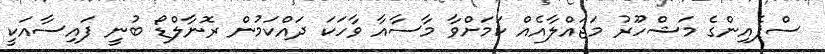
ސްޕެއިންގެ މަޝްހޫރު މަޖައްލާއެއް ކަމަށްވާ މާސާއާ ވާހަކަ ދައްކަމުން ރޮނާލްޑޯ ބުނީ ފައިސާއަކީ